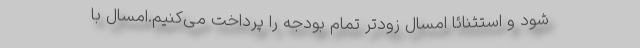
شود و استثنائا امسال زودتر تمام بودجه را پرداخت می‌کنیم.امسال با